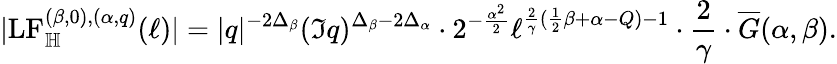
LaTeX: |\mathrm{LF}_{\mathbb H}^{(\beta,0),(\alpha,q)}(\ell)|=|q|^{-2\Delta_{\beta}}(\Im q)^{\Delta_{\beta}-2\Delta_{\alpha}}\cdot 2^{-\frac{\alpha^{2}}{2}}\ell^{\frac{2}{\gamma}(\frac{1}{2}\beta+\alpha-Q)-1}\cdot\frac{2}{\gamma}\cdot\overline{G}(\alpha,\beta).